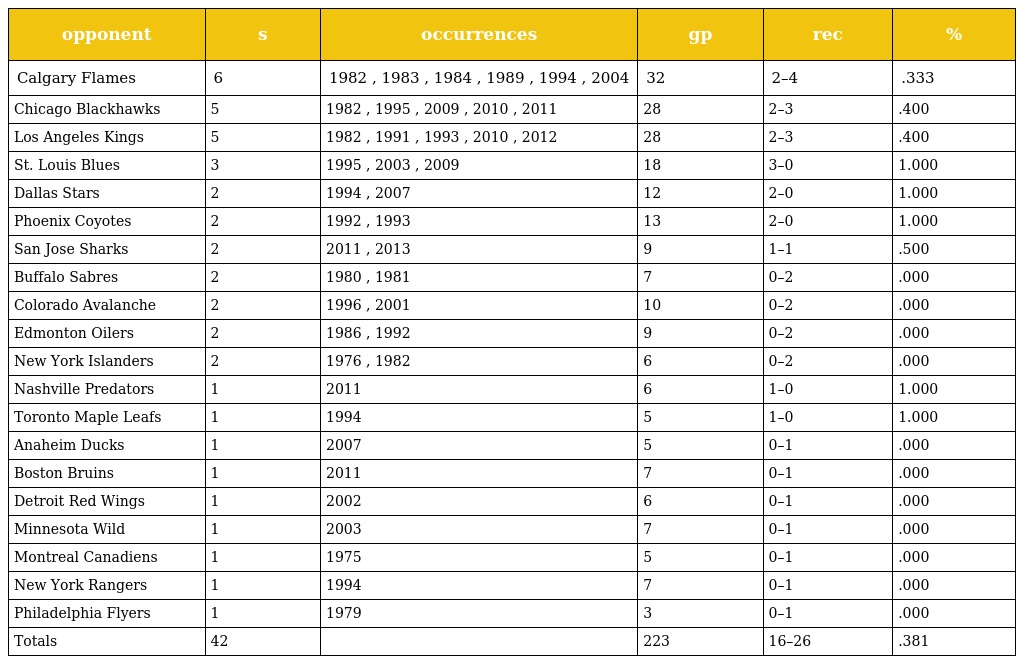
| opponent | s | occurrences | gp | rec | % |
 | --- | --- | --- | --- | --- | --- |
 | Calgary Flames | 6 | 1982 , 1983 , 1984 , 1989 , 1994 , 2004 | 32 | 2–4 | .333 |
 | Chicago Blackhawks | 5 | 1982 , 1995 , 2009 , 2010 , 2011 | 28 | 2–3 | .400 |
 | Los Angeles Kings | 5 | 1982 , 1991 , 1993 , 2010 , 2012 | 28 | 2–3 | .400 |
 | St. Louis Blues | 3 | 1995 , 2003 , 2009 | 18 | 3–0 | 1.000 |
 | Dallas Stars | 2 | 1994 , 2007 | 12 | 2–0 | 1.000 |
 | Phoenix Coyotes | 2 | 1992 , 1993 | 13 | 2–0 | 1.000 |
 | San Jose Sharks | 2 | 2011 , 2013 | 9 | 1–1 | .500 |
 | Buffalo Sabres | 2 | 1980 , 1981 | 7 | 0–2 | .000 |
 | Colorado Avalanche | 2 | 1996 , 2001 | 10 | 0–2 | .000 |
 | Edmonton Oilers | 2 | 1986 , 1992 | 9 | 0–2 | .000 |
 | New York Islanders | 2 | 1976 , 1982 | 6 | 0–2 | .000 |
 | Nashville Predators | 1 | 2011 | 6 | 1–0 | 1.000 |
 | Toronto Maple Leafs | 1 | 1994 | 5 | 1–0 | 1.000 |
 | Anaheim Ducks | 1 | 2007 | 5 | 0–1 | .000 |
 | Boston Bruins | 1 | 2011 | 7 | 0–1 | .000 |
 | Detroit Red Wings | 1 | 2002 | 6 | 0–1 | .000 |
 | Minnesota Wild | 1 | 2003 | 7 | 0–1 | .000 |
 | Montreal Canadiens | 1 | 1975 | 5 | 0–1 | .000 |
 | New York Rangers | 1 | 1994 | 7 | 0–1 | .000 |
 | Philadelphia Flyers | 1 | 1979 | 3 | 0–1 | .000 |
 | Totals | 42 |  | 223 | 16–26 | .381 |